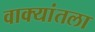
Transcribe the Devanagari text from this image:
वाक्यांतला